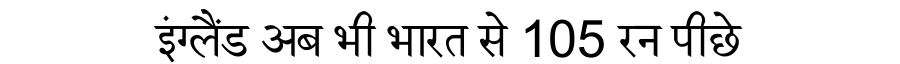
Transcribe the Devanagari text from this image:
इंग्लैंड अब भी भारत से 105 रन पीछे